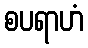
စပရာဟံ